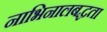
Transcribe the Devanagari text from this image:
नाभिनालबद्धता